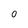
Character: 0